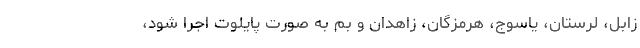
زابل، لرستان، یاسوج، هرمزگان، زاهدان و بم به صورت پایلوت اجرا شود،